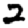
Digit: 2